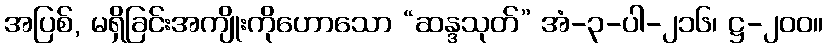
အပြစ်, မရှိခြင်းအကျိုးကိုဟောသော “ဆန္ဒသုတ်” အံ-၃-ပါ-၂၁၆၊ ဋ္ဌ-၂၀၀။